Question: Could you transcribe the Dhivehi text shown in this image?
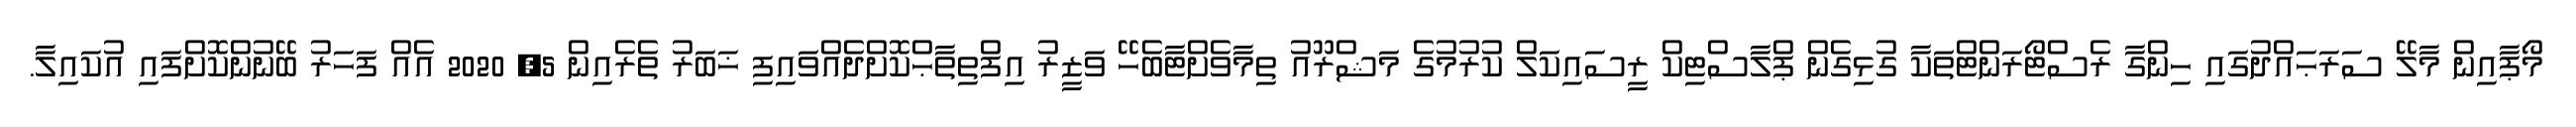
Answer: މޯޕާއިން މާލޭ ސަރަޙައްދުގައި ހިންގާ ރެސްޓޯރަންޓްތަކާ ގުޅިގެން ޕްލާސްޓިކް ރީސައިކަލް ކުރުމުގެ މަޝްރޫއު ތިމާވެށްޓާބެހޭ ވަޒީރު އިފްތިތާޙްކޮށްދެއްވައިފި ޚަބަރު ތެރެއިން 5, 2020 އެއް ފަހަރު ބޭނުންކޮށްފައި އުކައިލާ.